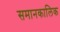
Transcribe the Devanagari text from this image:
समानकालिक